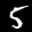
Label: 5